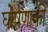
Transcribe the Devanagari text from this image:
घोषणाकी